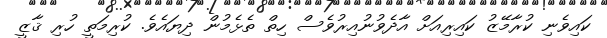
ކައިވެނި ކުރާމޭޒު ކައިރިއަށް އާދެވުނުއިރުވެސް ހިތް ތެޅެމުން ދިޔައެވެ. ކުރިމަތީ ހުރި ޤާޒީ